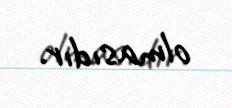
olmasıdır.